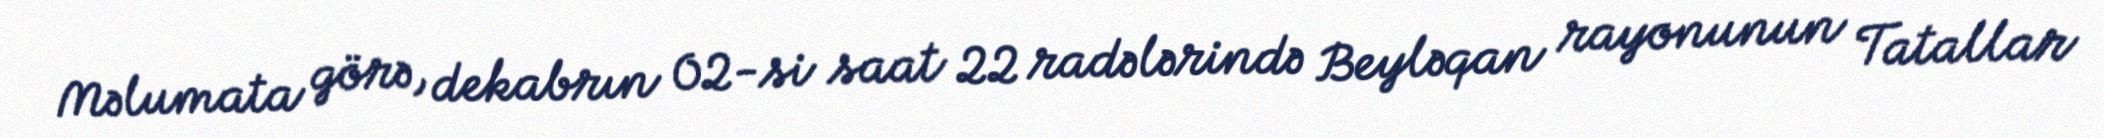
Məlumata görə, dekabrın 02-si saat 22 radələrində Beyləqan rayonunun Tatallar